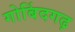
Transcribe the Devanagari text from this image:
गोबिंदगढ़